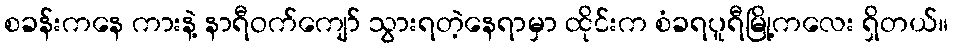
စခန်းကနေ ကားနဲ့ နာရီဝက်ကျော် သွားရတဲ့နေရာမှာ ထိုင်းက စံခရပူရီမြို့ကလေး ရှိတယ်။